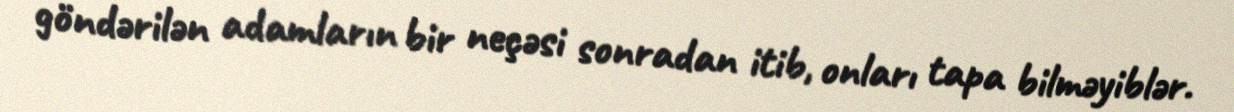
göndərilən adamların bir neçəsi sonradan itib, onları tapa bilməyiblər.